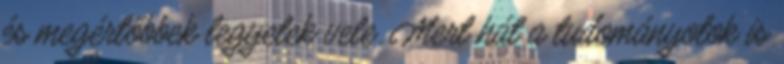
és megértőbbek legyetek vele. Mert hát a tudományotok is